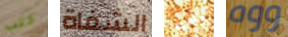
كتب الشفاة ولديها ووه